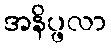
အနိပ္ဖလာ